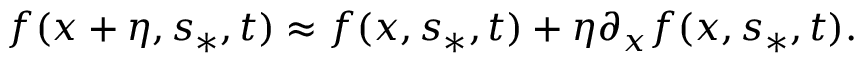
f ( x + \eta , s _ { \ast } , t ) \approx f ( x , s _ { \ast } , t ) + \eta \partial _ { x } f ( x , s _ { \ast } , t ) .